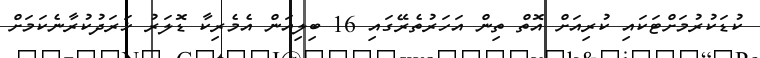
ކުޑަކުރުމަށްޓަކައި ކުރިއަށް އޮތް ތިން އަހަރުތެރޭގައި 16 ބިލިއަން އެމެރިކާ ޑޮލަރު ޚަރަދުކުރާނެކަމަށް